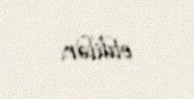
etdilər.